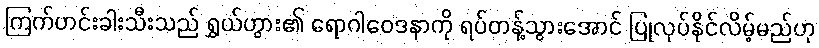
ကြက်ဟင်းခါးသီးသည် ရွှယ်ဟွား၏ ရောဂါဝေဒနာကို ရပ်တန့်သွားအောင် ပြုလုပ်နိုင်လိမ့်မည်ဟု